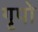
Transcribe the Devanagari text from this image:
गृपो